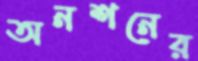
অনশনের